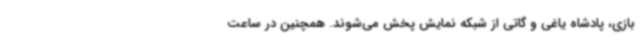
بازی، پادشاه یاغی و گاتی از شبکه نمایش پخش می‌شوند. همچنین در ساعت